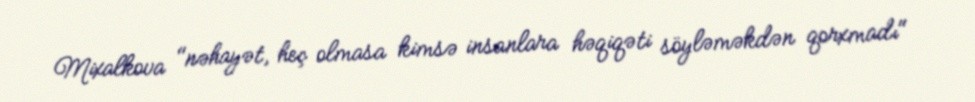
Mixalkova "nəhayət, heç olmasa kimsə insanlara həqiqəti söyləməkdən qorxmadı"